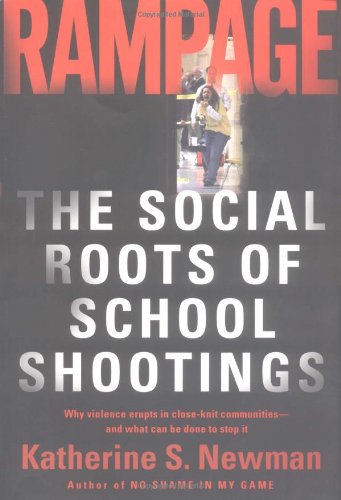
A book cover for Rampage: The Social Roots Of School Shootings; Katherine S. Newman; Politics & Social Sciences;